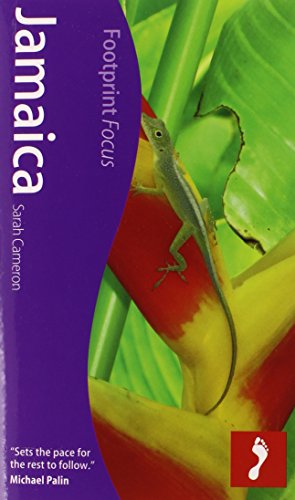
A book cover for Jamaica: Footprint Focus Guide; Sarah Cameron; Travel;